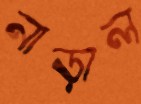
নাড়াল